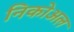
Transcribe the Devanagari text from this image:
निकोअल